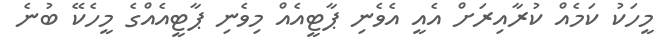
މީހަކު ކަމެއް ކުރާއިރަށް އެއީ އެވެނި ޕާޓީއެއް މިވެނި ޕާޓީއެއްގެ މީހެކޭ ބުނެ